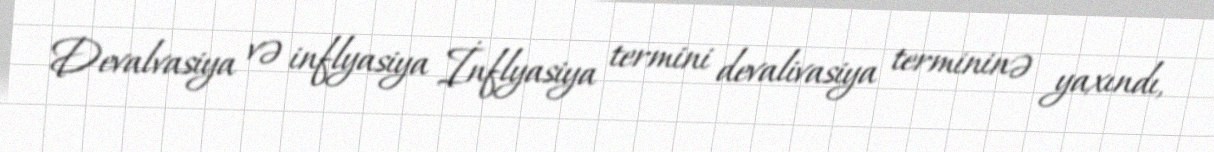
Devalvasiya və inflyasiya İnflyasiya termini devalivasiya termininə yaxındı,